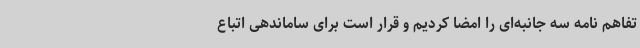
تفاهم نامه سه جانبه‌ای را امضا کردیم و قرار است برای ساماندهی اتباع